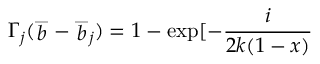
\Gamma _ { j } ( \stackrel { \_ } { b } - \stackrel { \_ } { b } _ { j } ) = 1 - \exp [ - \frac { i } { 2 k ( 1 - x ) }